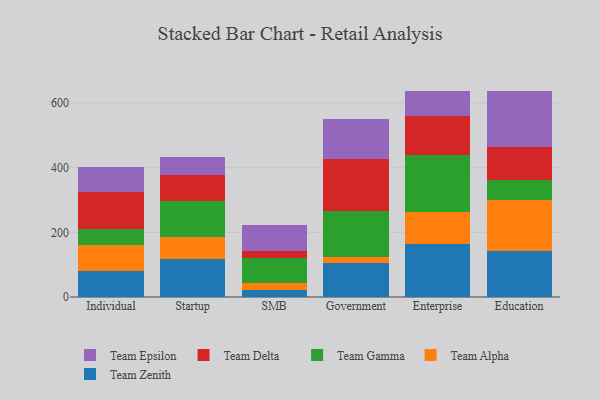
{"axis": {"x": "Segment", "y": "LTV (USD)"}, "legend": ["Team Alpha", "Team Delta", "Team Epsilon", "Team Gamma", "Team Zenith"], "data": [{"x": "Individual", "y": 81.1, "type": "Team Zenith"}, {"x": "Individual", "y": 79.8, "type": "Team Alpha"}, {"x": "Individual", "y": 49.1, "type": "Team Gamma"}, {"x": "Individual", "y": 113.9, "type": "Team Delta"}, {"x": "Individual", "y": 79.2, "type": "Team Epsilon"}, {"x": "Startup", "y": 116.8, "type": "Team Zenith"}, {"x": "Startup", "y": 70.3, "type": "Team Alpha"}, {"x": "Startup", "y": 110.1, "type": "Team Gamma"}, {"x": "Startup", "y": 79.3, "type": "Team Delta"}, {"x": "Startup", "y": 56.2, "type": "Team Epsilon"}, {"x": "SMB", "y": 22.5, "type": "Team Zenith"}, {"x": "SMB", "y": 20.6, "type": "Team Alpha"}, {"x": "SMB", "y": 77.9, "type": "Team Gamma"}, {"x": "SMB", "y": 20.2, "type": "Team Delta"}, {"x": "SMB", "y": 82.7, "type": "Team Epsilon"}, {"x": "Government", "y": 105.9, "type": "Team Zenith"}, {"x": "Government", "y": 16.7, "type": "Team Alpha"}, {"x": "Government", "y": 143.0, "type": "Team Gamma"}, {"x": "Government", "y": 162.3, "type": "Team Delta"}, {"x": "Government", "y": 121.4, "type": "Team Epsilon"}, {"x": "Enterprise", "y": 165.3, "type": "Team Zenith"}, {"x": "Enterprise", "y": 99.1, "type": "Team Alpha"}, {"x": "Enterprise", "y": 176.4, "type": "Team Gamma"}, {"x": "Enterprise", "y": 118.1, "type": "Team Delta"}, {"x": "Enterprise", "y": 77.9, "type": "Team Epsilon"}, {"x": "Education", "y": 141.6, "type": "Team Zenith"}, {"x": "Education", "y": 159.0, "type": "Team Alpha"}, {"x": "Education", "y": 61.0, "type": "Team Gamma"}, {"x": "Education", "y": 102.9, "type": "Team Delta"}, {"x": "Education", "y": 173.4, "type": "Team Epsilon"}]}